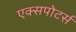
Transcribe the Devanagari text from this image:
एक्सपोटर्स